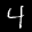
Label: 4